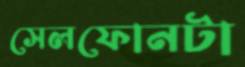
সেলফোনটা